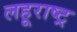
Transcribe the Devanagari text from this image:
लहूराष्ट्र